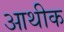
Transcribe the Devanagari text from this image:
आथीक